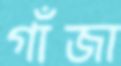
গাঁজা